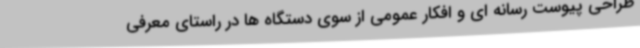
طراحی پیوست رسانه ای و افکار عمومی از سوی دستگاه ها در راستای معرفی